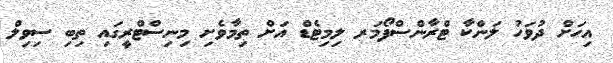
އިހަށް ދުވަހު ލަންކާ ޓްރާންސްފޯމަރ ލިމިޓެޑް އަށް ތިމާވެށި މިނިސްޓްރީގައި ތިބި ސިވިލް